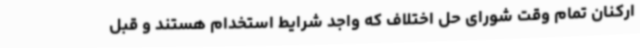
ارکنان تمام وقت شورای حل اختلاف که واجد شرایط استخدام هستند و قبل